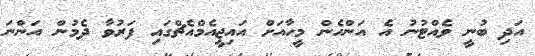
އަދި ބުނީ ވެއްޓުނު އެ އަންހެން މީހާއަށް އައިޖީއެމްއެޗްގައި ފަރުވާ ދެމުން އަންނަ